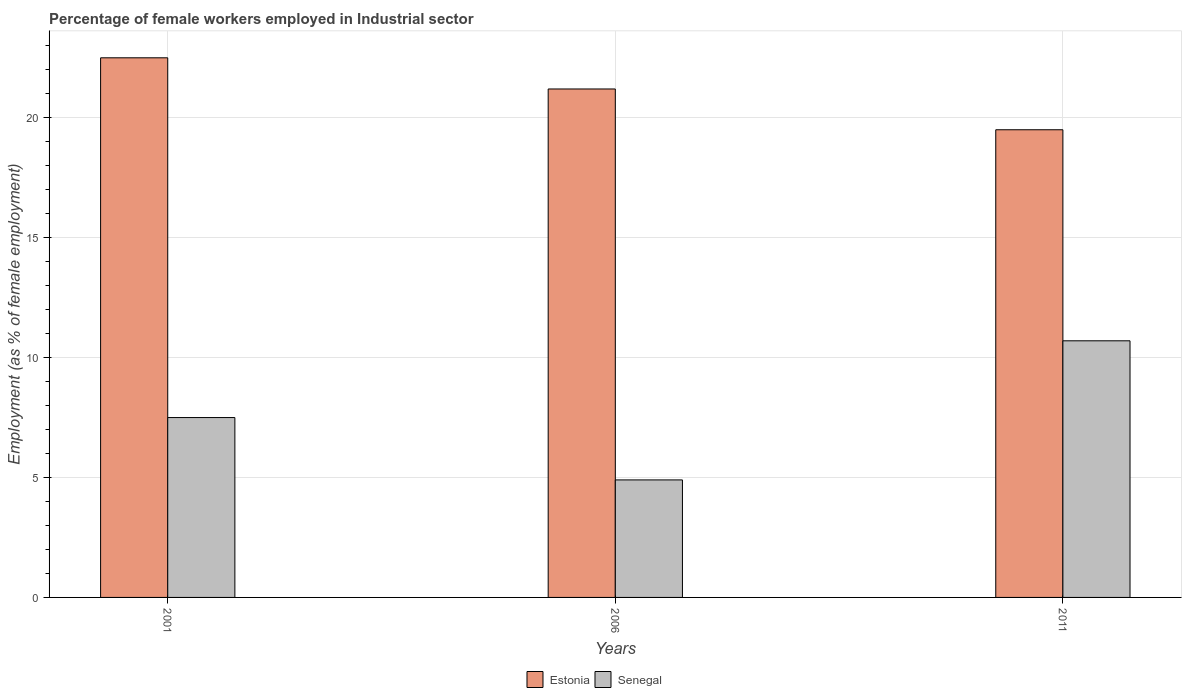
| Years | Estonia | Senegal |
 | --- | --- | --- |
 | 2001 | 22.5 | 7.5 |
 | 2006 | 21.2 | 4.9 |
 | 2011 | 19.5 | 10.7 |